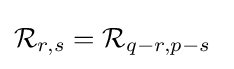
{\mathcal {R}}_{r,s}={\mathcal {R}}_{q-r,p-s}\